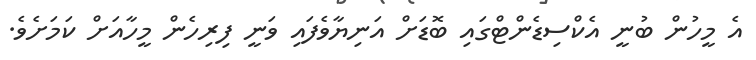
އެ މީހުން ބުނީ އެކްސިޑެންޓްގައި ބޮޑަށް އަނިޔާވެފައި ވަނީ ފިރިހެން މީހާއަށް ކަމަށެވެ.